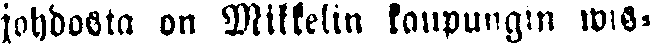
johdosta on Mikkelin kaupungin wis-